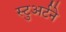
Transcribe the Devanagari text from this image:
स्टुअर्टने